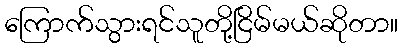
ကြောက်သွားရင်သူတို့ငြိမ်မယ်ဆိုတာ။